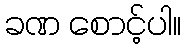
ခဏ စောင့်ပါ။